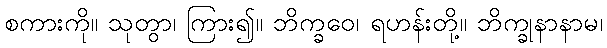
စကားကို။ သုတွာ၊ ကြား၍။ ဘိက္ခဝေ၊ ရဟန်းတို့။ ဘိက္ခုနာနာမ၊